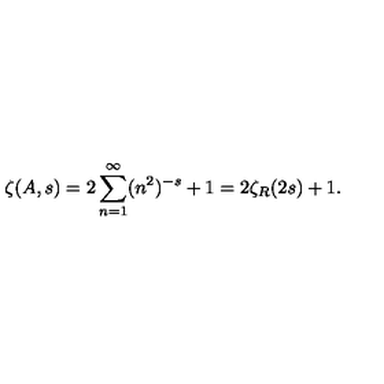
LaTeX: \zeta ( A , s ) = 2 \sum _ { n = 1 } ^ { \infty } ( n ^ { 2 } ) ^ { - s } + 1 = 2 \zeta _ { R } ( 2 s ) + 1 .